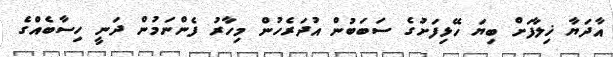
އާދަޔާ ޚިލާފަށް ބިޔަ ހޭޅިފަށުގެ ސަބަބުން އުދަރެހުން މިހާރު ފެންނަމުން ދަނީ ހިސާބެއްގެ